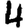
Digit: 4